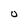
Character: o